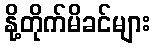
နို့တိုက်မိခင်များ